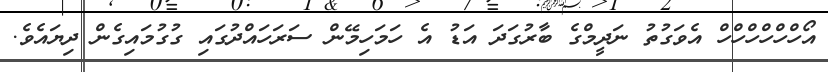
އޯހްހްހްހްހްހް އެވަގުތު ނަދީމްގެ ބާރުގަދަ އަޑު އެ ހަމަހިމޭން ސަރަހައްދުގައި ގުގުމައިގެން ދިޔައެވެ.